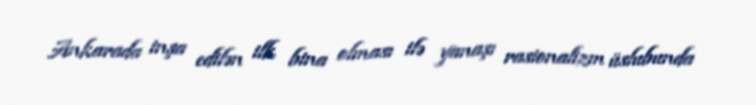
Ankarada inşa edilən ilk bina olması ilə yanaşı rasionalizm üslubunda